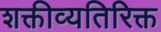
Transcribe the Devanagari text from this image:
शक्तीव्यतिरिक्त